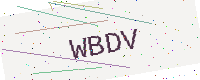
Text: WBDV